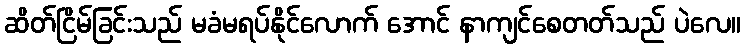
ဆိတ်ငြိမ်ခြင်းသည် မခံမရပ်နိုင်လောက် အောင် နာကျင်စေတတ်သည် ပဲလေ။